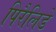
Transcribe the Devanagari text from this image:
पिरैलिडे